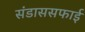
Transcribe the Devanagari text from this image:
संडाससफाई